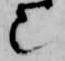
也